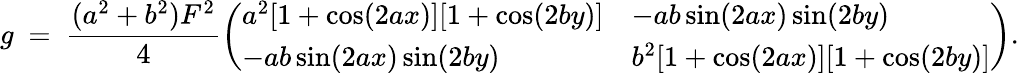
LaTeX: g\ =\ \frac{(a^{2}+b^{2})F^{2}}{4}\left(\begin{array}{ll}{a^{2}[1+\cos(2ax)][1+\cos(2by)]}&{-ab\sin(2ax)\sin(2by)}\\ {-ab\sin(2ax)\sin(2by)}&{b^{2}[1+\cos(2ax)][1+\cos(2by)]}\end{array}\right).